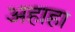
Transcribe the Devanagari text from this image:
अहाहा